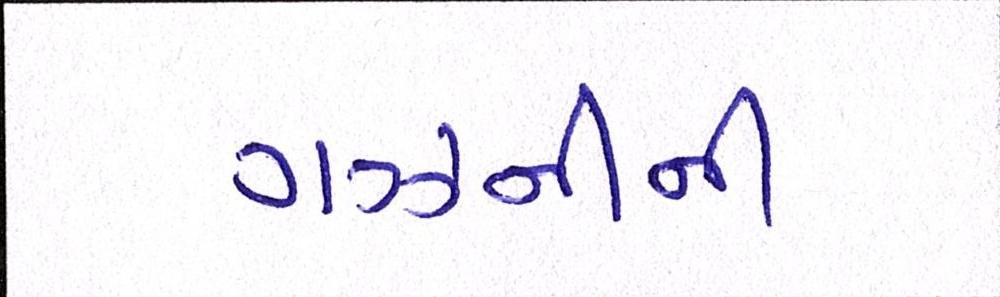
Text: ગઝનીની